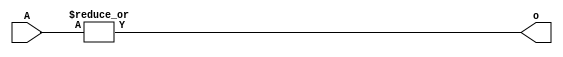
`timescale 1ns / 1ps

module or_bit_32 (
	input [31:0] A,
	output o );
	
	assign o = | A;

endmodule